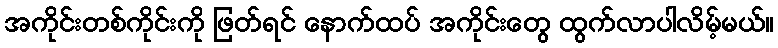
အကိုင်းတစ်ကိုင်းကို ဖြတ်ရင် နောက်ထပ် အကိုင်းတွေ ထွက်လာပါလိမ့်မယ်။